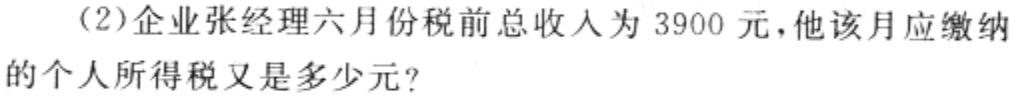
(2)企业张经理六月份税前总收入为 3900 元,他该月应缴纳的个人所得税又是多少元?